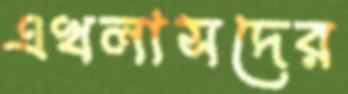
এখলাসদের